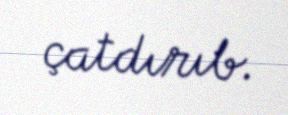
çatdırıb.